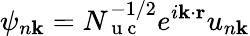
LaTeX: \psi_{n\mathbf k}=N_{\mathrm{~u~c~}}^{-1/2}e^{i\mathbf k\cdot\mathbf r}u_{n\mathbf k}